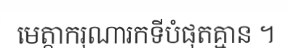
មេត្តាករុណារកទីបំផុតគ្មាន ។